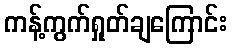
ကန့်ကွက်ရှုတ်ချကြောင်း